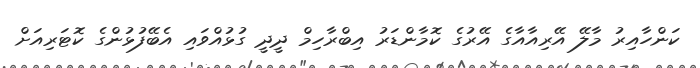
ކަންހާއިރު މާލޭ އޭރިއާއާގެ އޭރުގެ ކޮމާންޑަރު އިބްރާހިމް ދީދީ ގުޅުއްވައި އެބޭފުޅުންގެ ކޮޓަރިއަށް